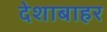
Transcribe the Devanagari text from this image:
देशाबाहर